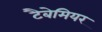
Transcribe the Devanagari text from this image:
टैबेमियर